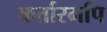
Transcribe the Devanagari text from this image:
कर्तारमपि